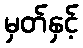
မှတ်နှင့်